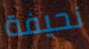
نحيفة